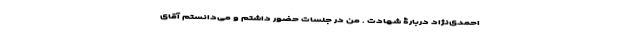
احمدی‌نژاد دربارۀ شهادت . من در جلسات حضور داشتم و می‌دانستم آقای